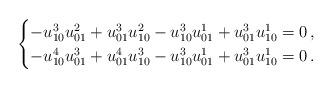
LaTeX: \begin{align*}\begin{cases} -u^3_{10}u^2_{01}+u^3_{01}u^2_{10}-u^3_{10}u^1_{01}+u^3_{01}u^1_{10}=0\,,\\ -u^4_{10}u^3_{01}+u^4_{01}u^3_{10}-u^3_{10}u^1_{01}+u^3_{01}u^1_{10} =0\,.\end{cases}\end{align*}